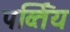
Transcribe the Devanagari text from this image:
पर्व्तिय